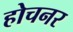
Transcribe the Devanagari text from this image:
होचनर